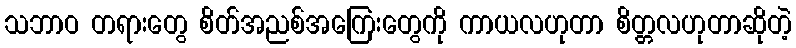
သဘာဝ တရားတွေ စိတ်အညစ်အကြေးတွေကို ကာယလဟုတာ စိတ္တလဟုတာဆိုတဲ့